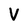
Character: V